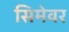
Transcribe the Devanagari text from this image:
सिमेवर